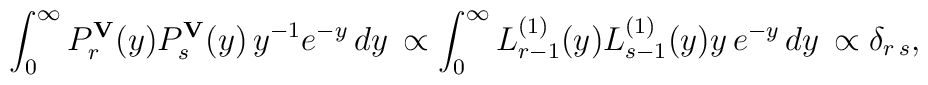
\int_{0}^\infty P_r^{\bf V}(y)P_s^{\bf V}(y)\,y^{-1} e^{-y}\,dy\,   \propto \int_{0}^\infty L_{r-1}^{(1)}(y)L_{s-1}^{(1)}(y)   y\, e^{-y}\,dy\,   \propto\delta_{r\,s},